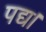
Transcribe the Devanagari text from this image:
पद्य।